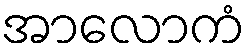
အာလောကံ